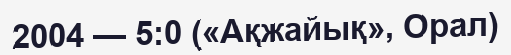
2004 — 5:0 («Ақжайық», Орал)